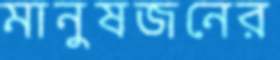
মানুষজনের